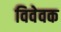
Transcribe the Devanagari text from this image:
विवेवक